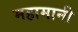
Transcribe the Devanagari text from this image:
महामानी